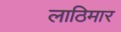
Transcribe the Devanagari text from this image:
लाठिमार